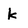
Character: k